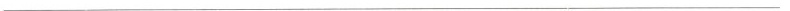
___